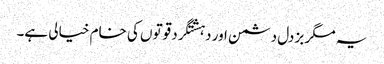
یہ مگر بزدل دشمن اور دہشتگرد قوتوں کی خام خیالی ہے۔